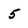
Character: 5